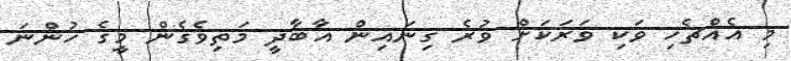
މި އެއްޗެހި ވަކި ވަރަކަށް ވުރެ ގިނައިން އާބާދީ މަތިވެގެން މީގެ ހުންނަ